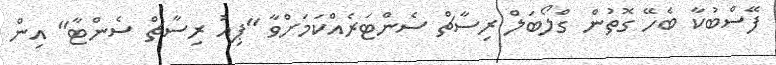
ފޭސްބުކާ ބެހޭ ގޮތުން ގްލޯބަލް ރިސާޗް ސެންޓަރެއްކަމަށްވާ "ޕިއު ރިސާޗް ސެންޓާ" އިން